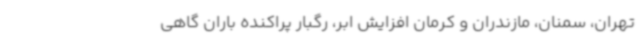
تهران، سمنان، مازندران و کرمان افزایش ابر، رگبار پراکنده باران گاهی